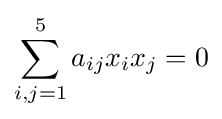
\sum _{i,j=1}^{5}a_{ij}x_{i}x_{j}=0